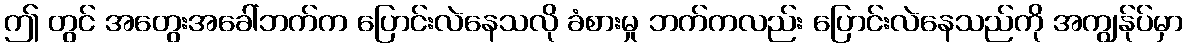
ဤ တွင် အတွေးအခေါ်ဘက်က ပြောင်းလဲနေသလို ခံစားမှု ဘက်ကလည်း ပြောင်းလဲနေသည်ကို အကျွန်ုပ်မှာ